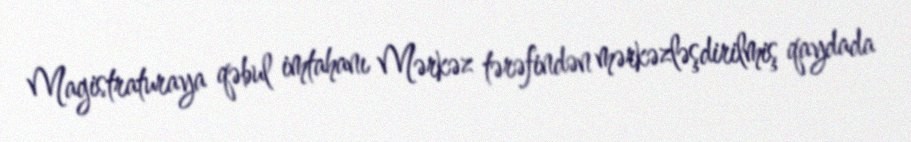
Magistraturaya qəbul imtahanı Mərkəz tərəfindən mərkəzləşdirilmiş qaydada